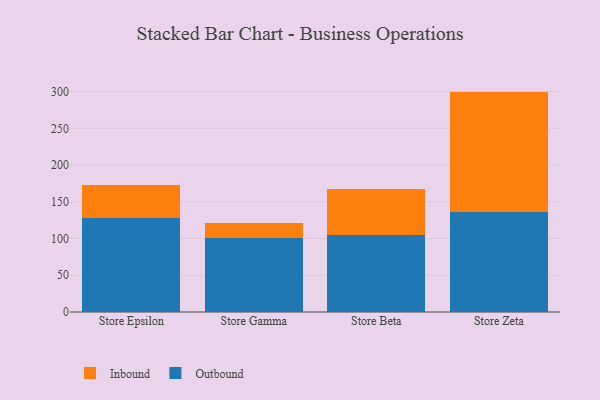
{"axis": {"x": "Store", "y": "Production Output"}, "legend": ["Inbound", "Outbound"], "data": [{"x": "Store Epsilon", "y": 128.2, "type": "Outbound"}, {"x": "Store Epsilon", "y": 45.1, "type": "Inbound"}, {"x": "Store Gamma", "y": 101.0, "type": "Outbound"}, {"x": "Store Gamma", "y": 20.2, "type": "Inbound"}, {"x": "Store Beta", "y": 104.3, "type": "Outbound"}, {"x": "Store Beta", "y": 63.5, "type": "Inbound"}, {"x": "Store Zeta", "y": 136.3, "type": "Outbound"}, {"x": "Store Zeta", "y": 163.7, "type": "Inbound"}]}